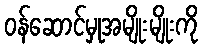
ဝန်ဆောင်မှုအမျိုးမျိုးကို